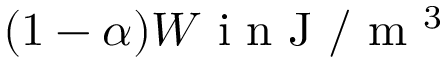
( 1 - \alpha ) W \mathrm { ~ i ~ n ~ J ~ } / \mathrm { ~ m ~ } ^ { 3 }